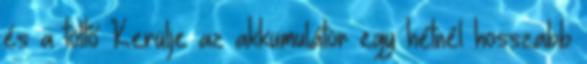
és a töltő Kerülje az akkumulátor egy hétnél hosszabb